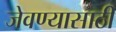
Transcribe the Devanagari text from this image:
जेवण्यासाठी